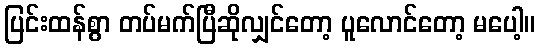
ပြင်းထန်စွာ တပ်မက်ပြီဆိုလျှင်တော့ ပူလောင်တော့ မပေါ့။